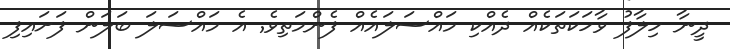
ދީނާ ހިލާފު ވާހަކަތަކެއް ދެއްކި މައްސަލައެއް ފެންމަތިވެ